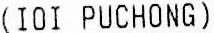
(IOI PUCHONG)